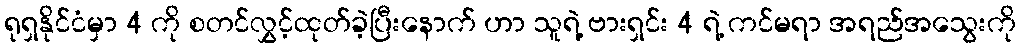
ရုရှနိုင်ငံမှာ 4 ကို စတင်လွှင့်ထုတ်ခဲ့ပြီးနောက် ဟာ သူရဲ့ ဗားရှင်း 4 ရဲ့ ကင်မရာ အရည်အသွေးကို